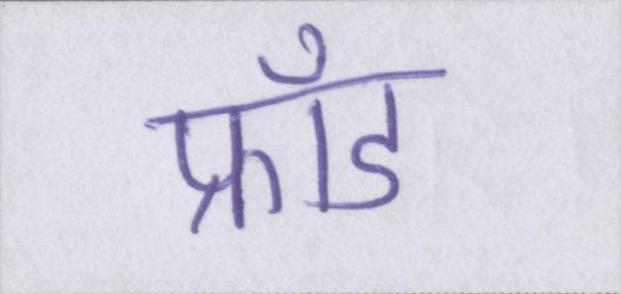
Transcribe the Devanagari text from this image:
फ्रॉड